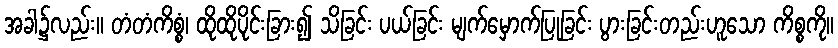
အခါ၌လည်း။ တံတံကိစ္စံ၊ ထိုထိုပိုင်းခြား၍ သိခြင်း ပယ်ခြင်း မျက်မှောက်ပြုခြင်း ပွားခြင်းတည်းဟူသော ကိစ္စကို။